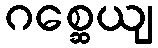
ဂစ္ဆေယျ